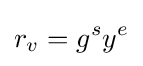
r_{v}=g^{s}y^{e}